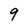
Character: 9